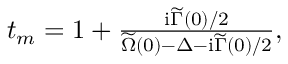
\begin{array} { r } { t _ { m } = 1 + \frac { \mathrm { i } \widetilde \Gamma ( 0 ) / 2 } { \widetilde \Omega ( 0 ) - \Delta - \mathrm { i } \widetilde \Gamma ( 0 ) / 2 } , } \end{array}